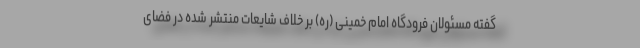
گفته مسئولان فرودگاه امام خمینی (ره) بر خلاف شایعات منتشر شده در فضای